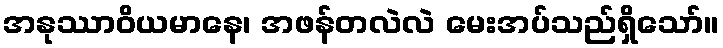
အနုဿာဝိယမာနေ၊ အဖန်တလဲလဲ မေးအပ်သည်ရှိသော်။